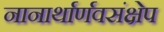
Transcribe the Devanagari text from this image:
नानार्थार्णवसंक्षेप